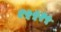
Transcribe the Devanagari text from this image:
१५५२५